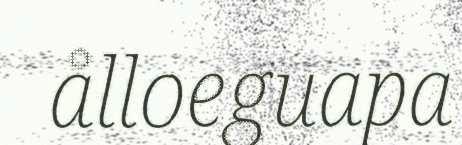
ålloeguapa